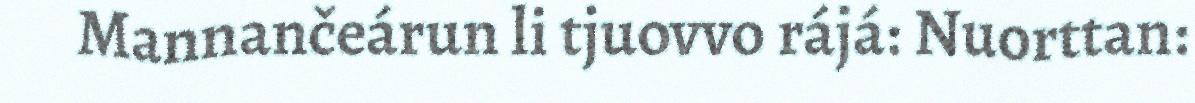
Mannančeárun li tjuovvo rájá: Nuorttan: